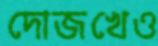
দোজখেও